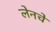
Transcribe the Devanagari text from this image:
लेनचे